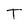
Character: T